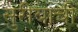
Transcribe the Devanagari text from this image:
सुरीबाची